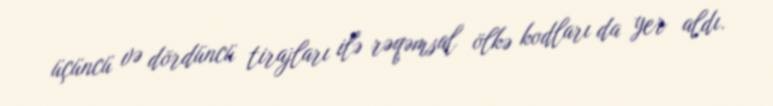
üçüncü və dördüncü tirajları ilə rəqəmsal ölkə kodları da yer aldı.